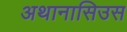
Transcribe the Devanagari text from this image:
अथानासिउस